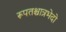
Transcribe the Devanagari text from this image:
रूपतश्चात्रभेदो